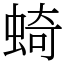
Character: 䗁